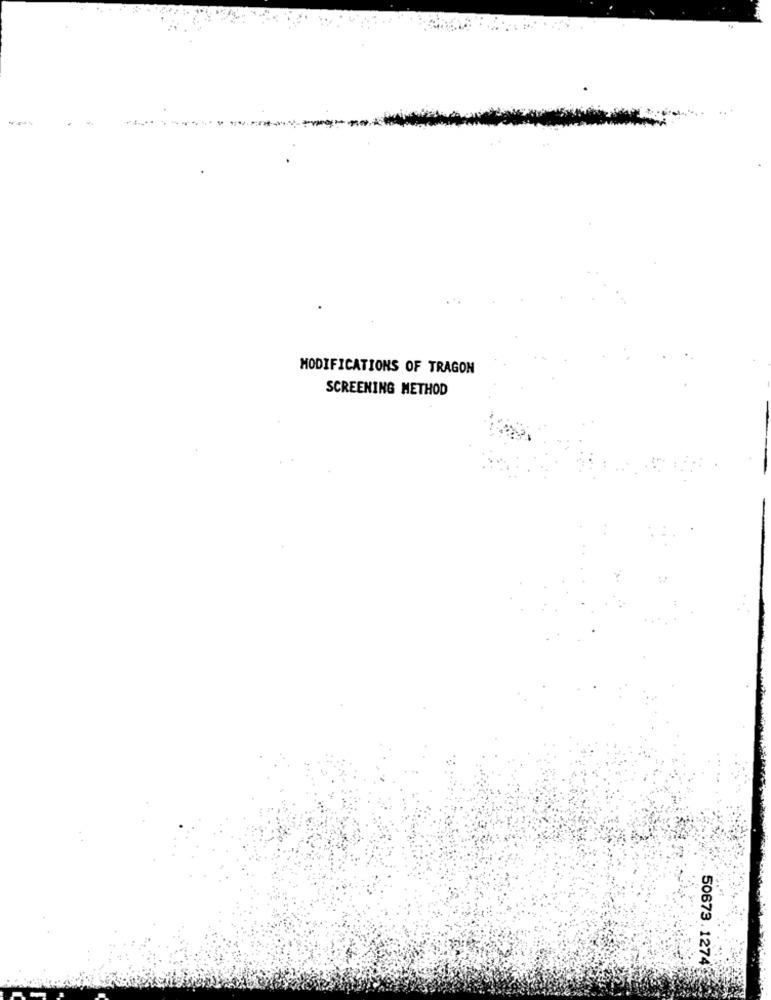
MODIFICATIONS OF TRAGON
SCREENING METHOD
50673.1274